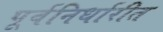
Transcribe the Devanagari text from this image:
पूर्वनिर्धारीत